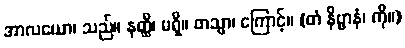
အာလယော၊ သည်။ နတ္ထိ၊ မရှိ။ တသ္မာ၊ ကြောင့်။ (တံ နိဗ္ဗာနံ၊ ကို။)